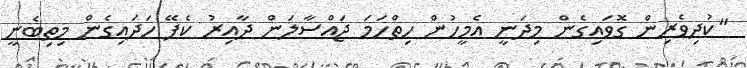
"ކުދިވެރިން ގޮވައިގެން މިދަނީ އެމީހުން ހިތްހަމަ ޖައްސާލަން ދާއިރު ކެފޭ ހަދައިގެން މިތިބެނީ